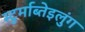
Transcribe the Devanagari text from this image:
स्टुर्माब्तेइलुंग